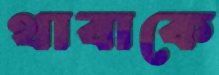
থাবাকে